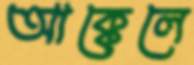
আক্কেলে